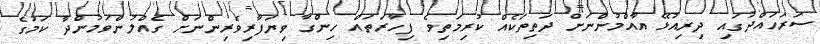
ސަރަހައްދުގައި ދިރިއުޅޭ އާއްމުންނަށް ދަތިތަކެއް ކުރިމަތިވެ ފިހާރަތައް ހިންގާ ވިޔަފާރިވެރިންނަށް ގެއްލުންވަމުންދާ ކަމުގެ